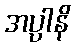
အပ္ပါနိ